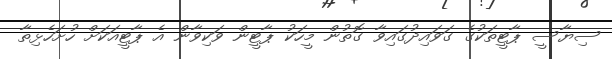
ސިޔާސީ ޕާޓީތަކުގެ ގަވައިދުގައިވާ ގޮތުން މީހަކު ޕާޓީން ވަކިވާން އެ ޕާޓީއަކަށް ހުށަހެޅިތާ